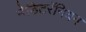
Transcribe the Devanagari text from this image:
मेडिटरॅनियन